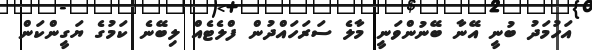
އަހުމަދު ބުނީ އޭނާ ބޭނުންވަނީ މާލެ ސަރަހައްދުން ފްލެޓެއް ލިބޭނެ ކަމުގެ ޔަގީންކަން